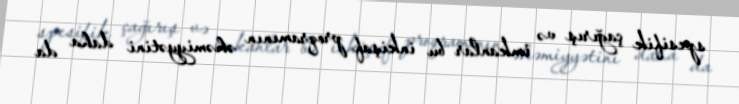
spesifik çağırış və imkanlar bu inkişaf proqramının əhəmiyyətini daha da